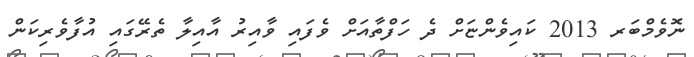
ނޮވެމްބަރ 2013 ކައިވެންޏަށް ދެ ހަފްތާއަށް ވެފައި ވާއިރު އާއިލާ ތެރޭގައި އުފާވެރިކަން